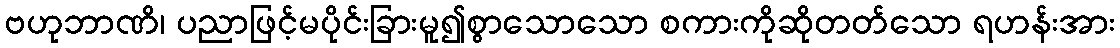
ဗဟုဘာဏိ၊ ပညာဖြင့်မပိုင်းခြားမူ၍စွာသောသော စကားကိုဆိုတတ်သော ရဟန်းအား